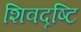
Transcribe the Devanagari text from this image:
शिवदृष्टि